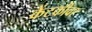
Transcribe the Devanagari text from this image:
केंटकीवर